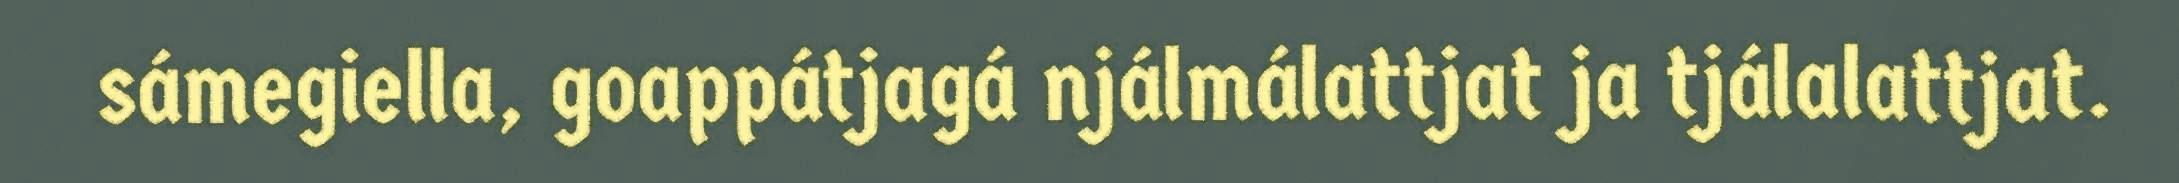
sámegiella, goappátjagá njálmálattjat ja tjálalattjat.